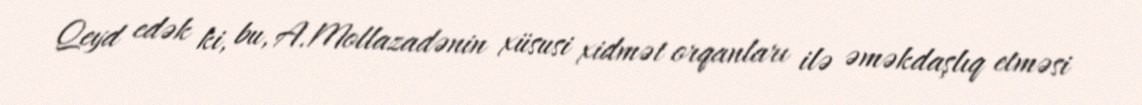
Qeyd edək ki, bu, A.Mollazadənin xüsusi xidmət orqanları ilə əməkdaşlıq etməsi